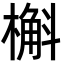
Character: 槲